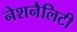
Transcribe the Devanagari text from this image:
नेशनैलिटी